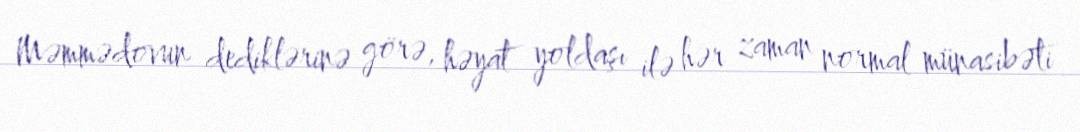
Məmmədovun dediklərinə görə, həyat yoldaşı ilə hər zaman normal münasibəti